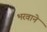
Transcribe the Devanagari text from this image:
भरवाने